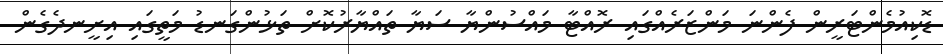
ޑޮކިއުމެންޓަރީން ފެންނަ މަންޒަރެއްގައި ރޮއްޓާ މައްސުންޔާ ސަޔާ ތައްޔާރުކޮށް ތަޅުންގަނޑު މަތީގައި އިށީނދެގެން